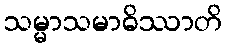
သမ္မာသမာဓိဿာတိ